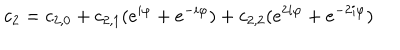
c _ { 2 } = c _ { 2 , 0 } + c _ { 2 , 1 } ( e ^ { i \varphi } + e ^ { - i \varphi } ) + c _ { 2 , 2 } ( e ^ { 2 i \varphi } + e ^ { - 2 i \varphi } )